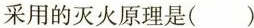
采用的灭火原理是( )